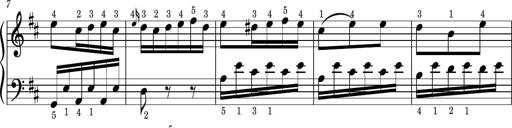
Title: Easy Progressive Lessons and 4 Sonatinas
Composer: Thomas Attwood